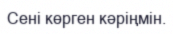
Сені көрген кәріңмін.